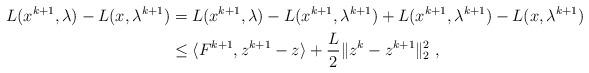
LaTeX: \begin{align*} L(x^{k+1},\lambda)-L(x,\lambda^{k+1}) & = L(x^{k+1},\lambda)-L(x^{k+1},\lambda^{k+1})+ L(x^{k+1},\lambda^{k+1})-L(x,\lambda^{k+1}) \\ & \leq \langle F^{k+1}, z^{k+1}-z\rangle+\frac{L}{2}\|z^{k}-z^{k+1}\|_2^2 \ ,\end{align*}